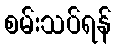
စမ်းသပ်ရန်